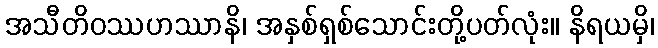
အသီတိဝဿဟဿာနိ၊ အနှစ်ရှစ်သောင်းတို့ပတ်လုံး။ နိရယမှိ၊